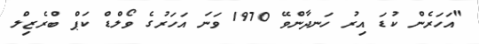
"އަހަރެން ކުޑަ އިރު ހަނދާންވޭ 1970 ވަނަ އަހަރުގެ ވޯލްޑް ކަޕް ބްރެޒިލް